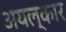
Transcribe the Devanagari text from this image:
अयल्कार